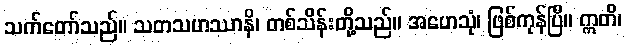
သက်တော်သည်။ သတသဟဿာနိ၊ တစ်သိန်းတို့သည်။ အဟေသုံ၊ ဖြစ်ကုန်ပြီ။ ဣတိ၊